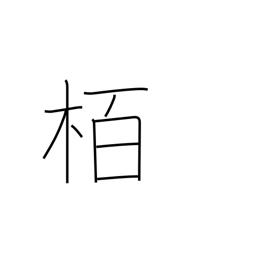
Meaning: oak